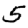
Digit: 5